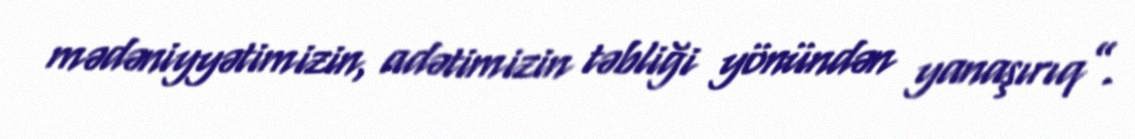
mədəniyyətimizin, adətimizin təbliği yönündən yanaşırıq”.